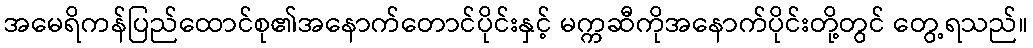
အမေရိကန်ပြည်ထောင်စု၏အနောက်တောင်ပိုင်းနှင့် မက္ကဆီကိုအနောက်ပိုင်းတို့တွင် တွေ့ရသည်။